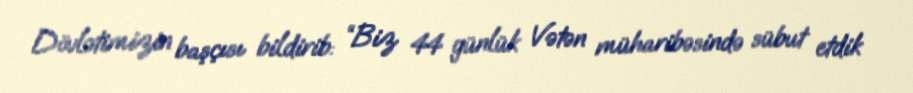
Dövlətimizin başçısı bildirib: “Biz 44 günlük Vətən müharibəsində sübut etdik